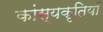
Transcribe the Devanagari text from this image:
कांस्यकृतियाँ